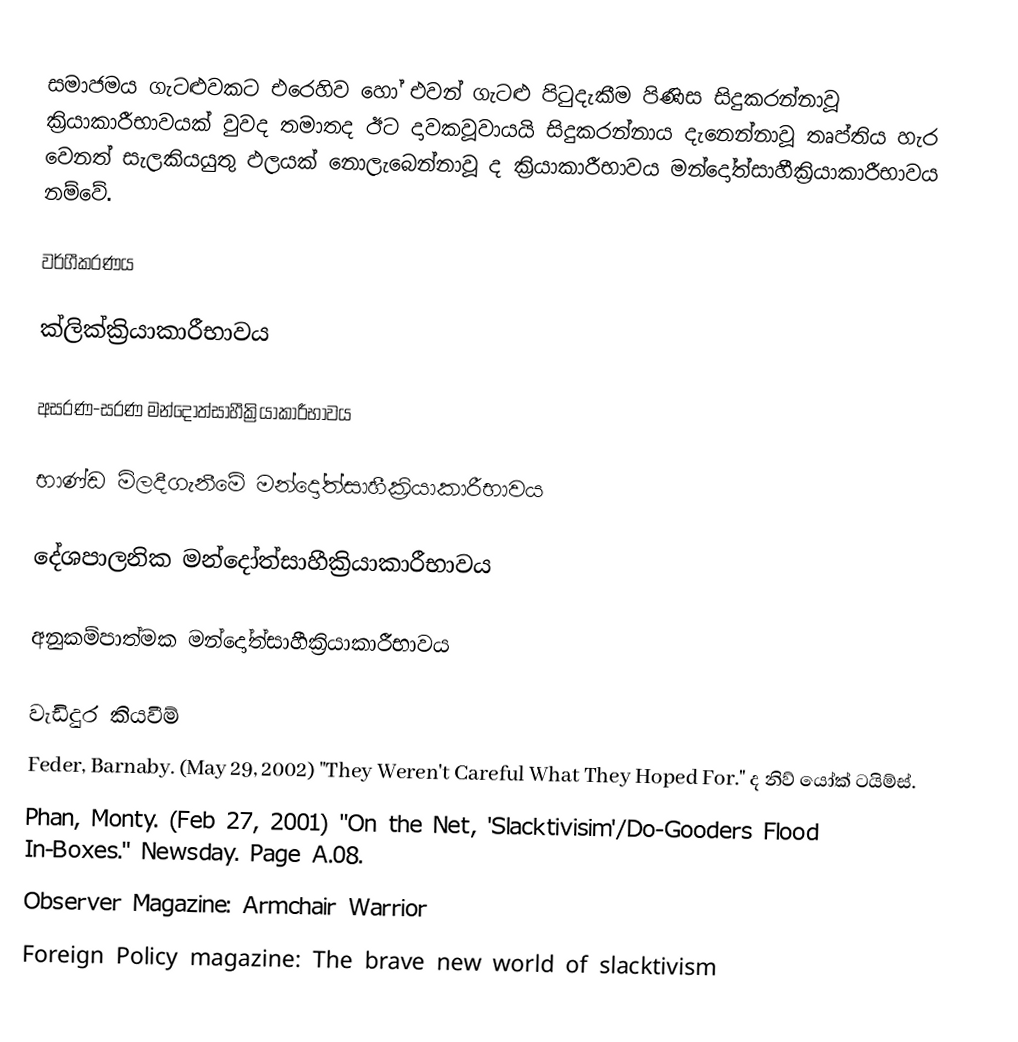
සමාජමය ගැටළුවකට එරෙහිව හෝ එවන් ගැටළු පිටුදැකීම පිණිස සිදුකරන්නාවූ ක්‍රියාකාරීභාවයක් වුවද තමාතද ඊට දාවකවූවායයි සිදුකරන්නාය දැනෙන්නාවූ තෘප්තිය හැර වෙනත් සැලකියයුතු ඵලයක් නොලැබෙන්නාවූ ද ක්‍රියාකාරීභාවය මන්දෝත්සාහීක්‍රියාකාරීභාවය නම්වේ.

වර්ගීකරණය

ක්ලික්ක්‍රියාකාරීභාවය

අසරණ-සරණ මන්දෝත්සාහීක්‍රියාකාරීභාවය

භාණ්ඩ මිලදීගැනීමේ  මන්දෝත්සාහීක්‍රියාකාරීභාවය

දේශපාලනික  මන්දෝත්සාහීක්‍රියාකාරීභාවය

අනුකම්පාත්මක  මන්දෝත්සාහීක්‍රියාකාරීභාවය

වැඩිදුර කියවීම්
 Feder, Barnaby. (May 29, 2002)   "They Weren't Careful What They Hoped For." ද නිව් යෝක් ටයිම්ස්.
 Phan, Monty.  (Feb 27, 2001)  "On the Net, 'Slacktivisim'/Do-Gooders Flood In-Boxes."  Newsday. Page A.08.
 Observer Magazine: Armchair Warrior
 Foreign Policy magazine: The brave new world of slacktivism